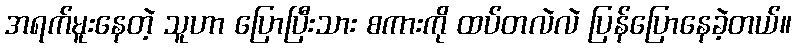
အရက်မူးနေတဲ့ သူဟာ ပြောပြီးသား စကားကို ထပ်တလဲလဲ ပြန်ပြောနေခဲ့တယ်။